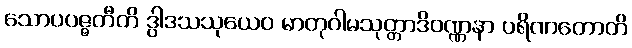
သောပပဇ္ဇတီတိ ဒွါဒသသုယေဝ မာတုဂါမသုတ္တာဒိဝဏ္ဏနာ ပရိဏတောတိ